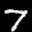
Digit: 7